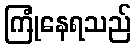
ကြုံနေရသည်